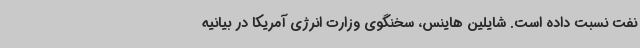
نفت نسبت داده است. شایلین هاینس، سخنگوی وزارت انرژی آمریکا در بیانیه